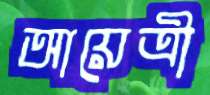
আয়েত্রী